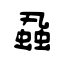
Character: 蝨